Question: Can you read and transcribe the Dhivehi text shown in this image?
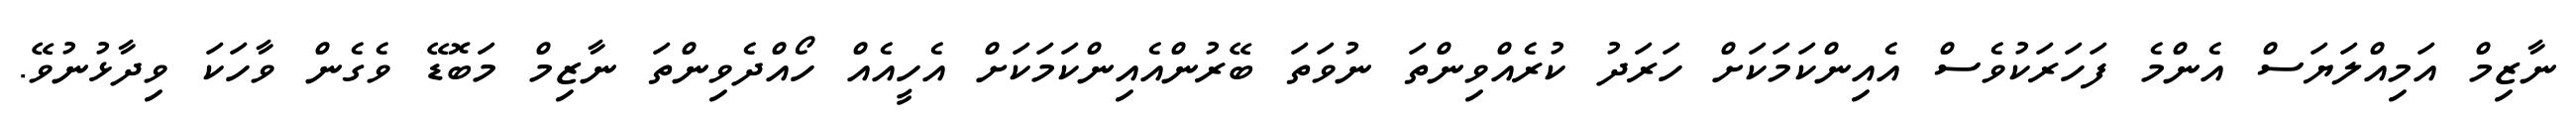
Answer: ނާޒިމް އަމިއްލަޔަސް އެންމެ ފަހަރަކުވެސް އެއިންކަމަކަށް ހަރަދު ކުރެއްވިންތަ ނުވަތަ ބޭރުންއެއިންކަމަކަށް އެހީއެއް ހޯއްދެވިންތަ ނާޒިމް މަބޮޑޭ ވެގެން ވާހަކަ ވިދާޅުނުވޭ.